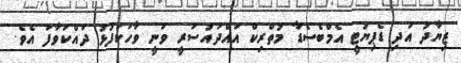
ޒިޔާދު އަދި ޑެޕިޔުޓީ އެމްބެސެޑާ މުތްރިކް އައްދައުސަރީ ވަނީ ވާހަކަފުޅު ދައްކަވާފަ އެވެ.